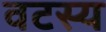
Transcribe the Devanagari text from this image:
वटस्य